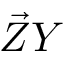
\vec { Z } Y